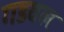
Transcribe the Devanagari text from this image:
गडवल